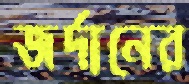
জর্দানের